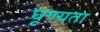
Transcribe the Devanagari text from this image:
घृण्यता